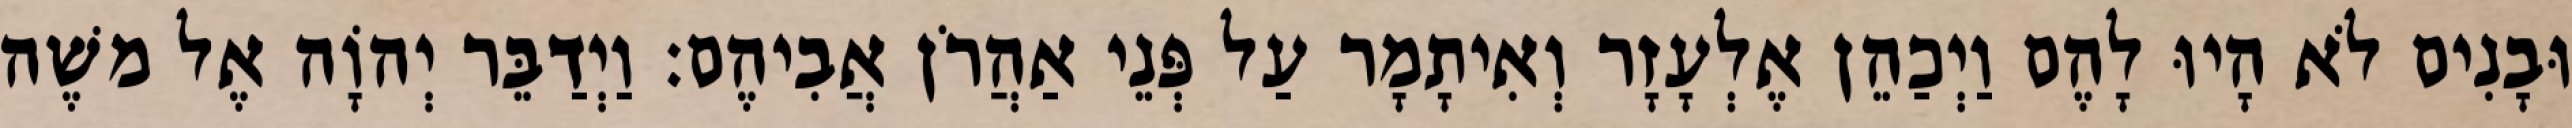
וּבָנִים לֹא הָיוּ לָהֶם וַיְכַהֵן אֶלְעָזָר וְאִיתָמָר עַל פְּנֵי אַהֲרֹן אֲבִיהֶם׃ וַיְדַבֵּר יְהוָֹה אֶל משֶׁה